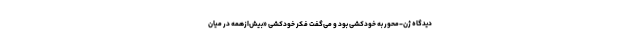
دیدگاه ژن-محور به خودکشی بود و می‌گفت فکر خودکشی «بیش‌ازهمه در میان